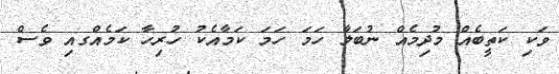
ވަކި ކަތީބެއް މުދިމެއް ނުބަލާ ހަމަ ހަމަ ކަމާއެކު ހުރިހާ ކަމެއްގއި ވެސް